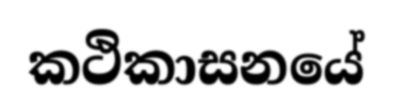
කථිකාසනයේ